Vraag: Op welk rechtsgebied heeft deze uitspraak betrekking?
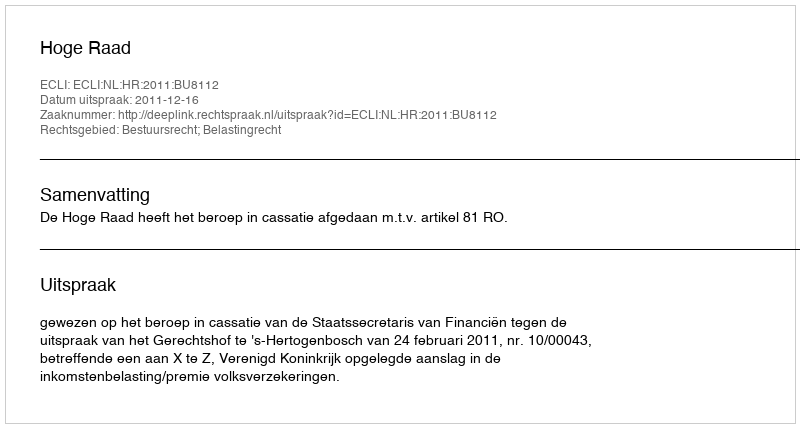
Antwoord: Bestuursrecht; Belastingrecht